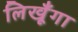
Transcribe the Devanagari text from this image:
लिखूँगा